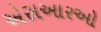
એસઆરઓ